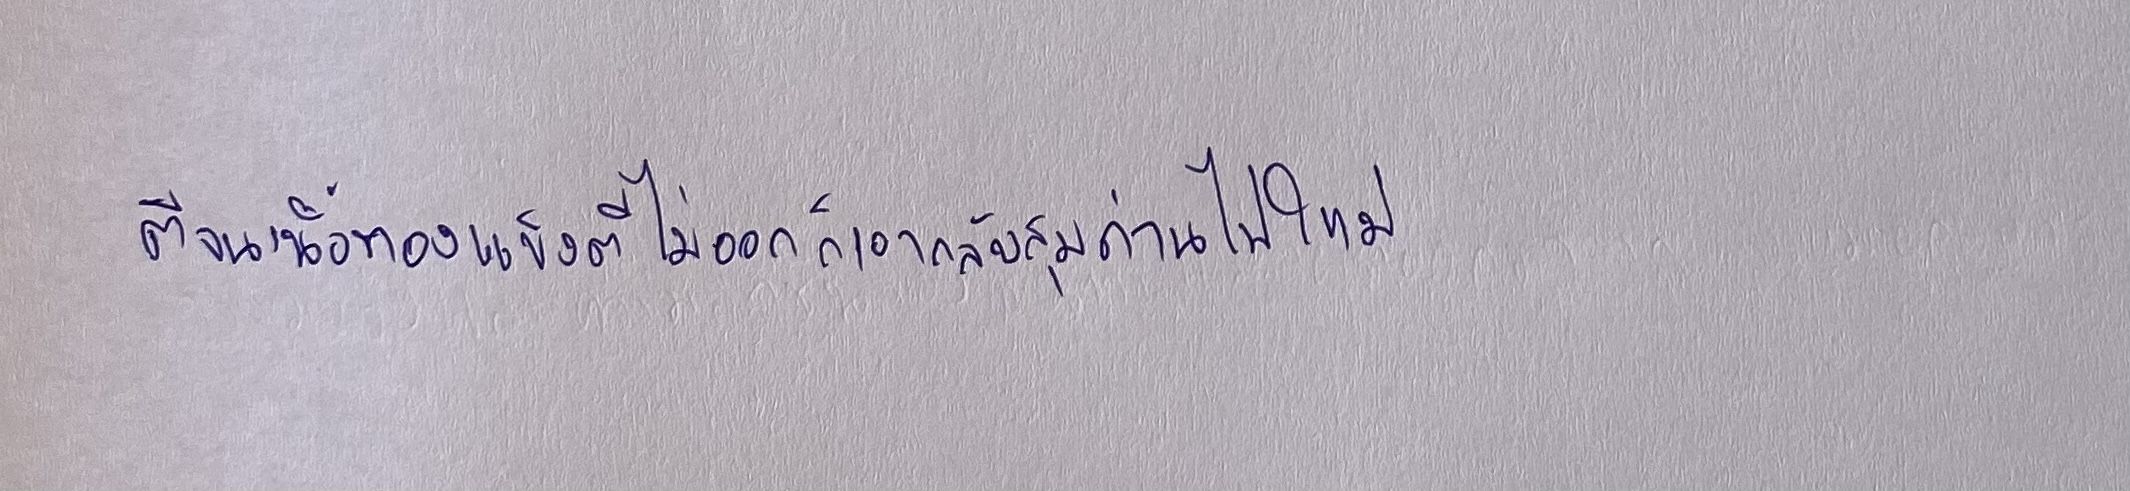
ตีจนเนื้อทองแข็งตีไม่ออกก็เอากลับสุมถ่านไฟใหม่